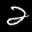
Label: 2